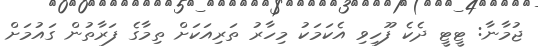
ޖުމާނާ: ޓީޓީ ދެކެ ފޫހިވި އެކަމަކު މިހާރު ތަރިއަކަށް ތިމާގެ ފަރާތުން ގައުމަށް